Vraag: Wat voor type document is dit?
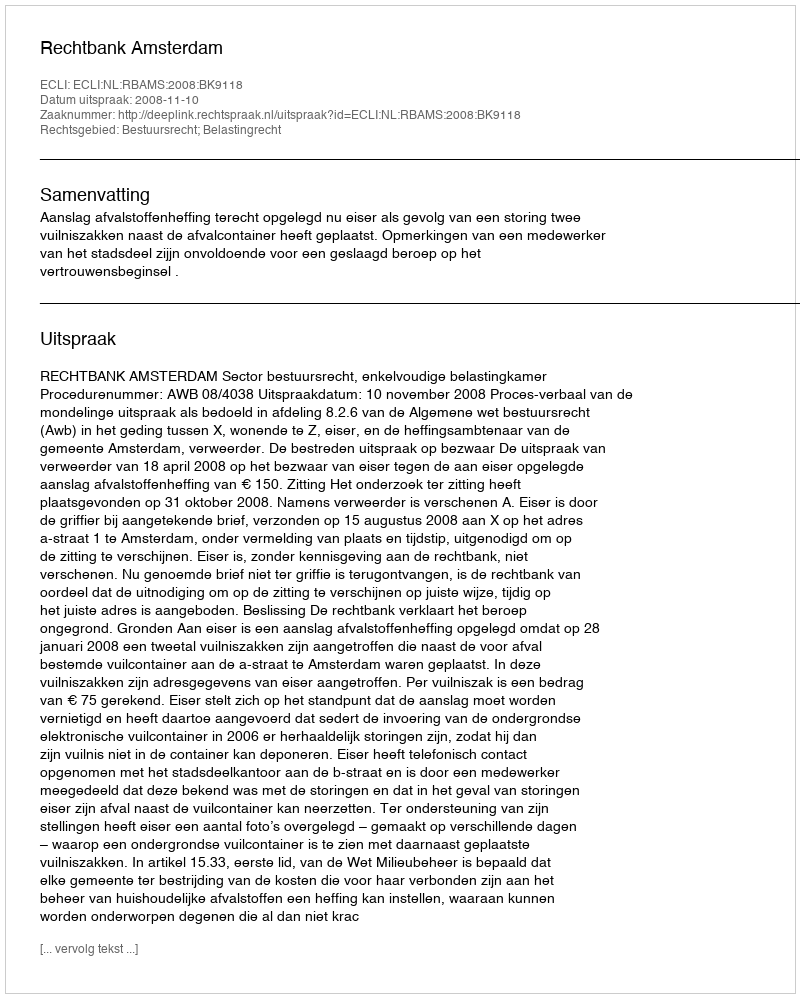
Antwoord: Uitspraak